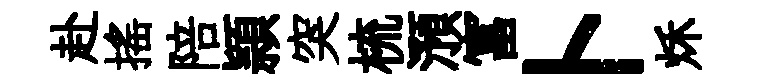
赴揺陪頴突梳澦富卜秌